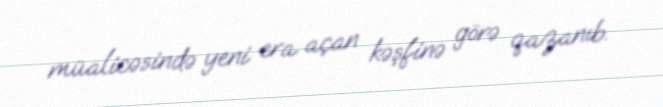
müalicəsində yeni era açan kəşfinə görə qazanıb.